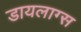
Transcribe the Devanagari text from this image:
डायलाग्स